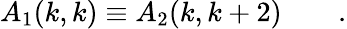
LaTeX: A_{1}(k,k)\equiv A_{2}(k,k+2)\qquad.